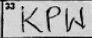
Transcription: KPW